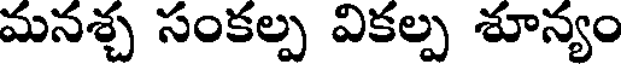
మనశ్చ సంకల్ప వికల్ప శూన్యం